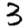
Digit: 3